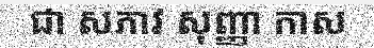
ជា សភាវ សុញ្ញា កាស